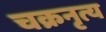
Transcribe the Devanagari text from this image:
चक्रनृत्य